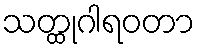
သတ္ထုဂါရဝတာ